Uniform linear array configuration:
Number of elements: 24
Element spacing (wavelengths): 0.75
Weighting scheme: cosine
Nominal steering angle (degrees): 0
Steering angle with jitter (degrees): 0.9506
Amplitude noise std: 0.05
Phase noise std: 0.05

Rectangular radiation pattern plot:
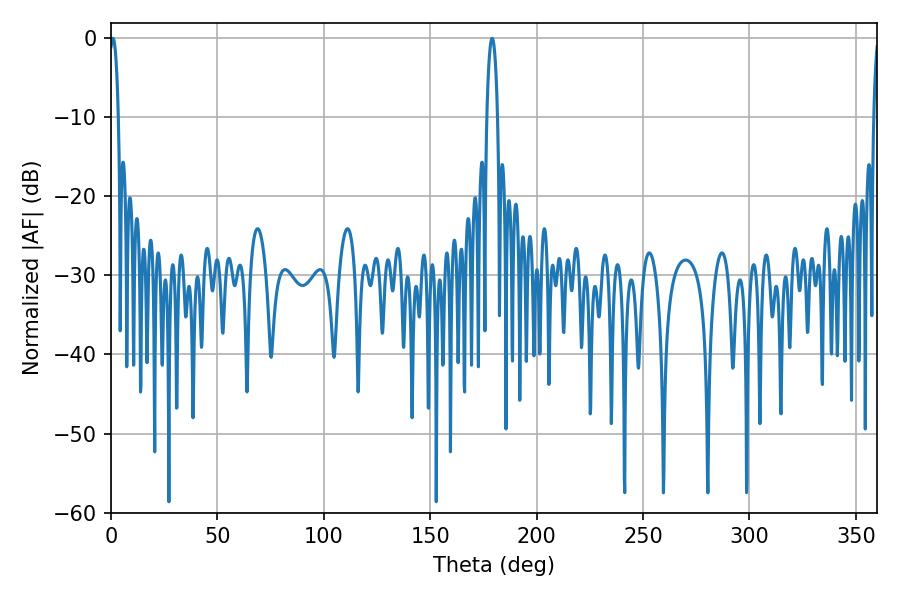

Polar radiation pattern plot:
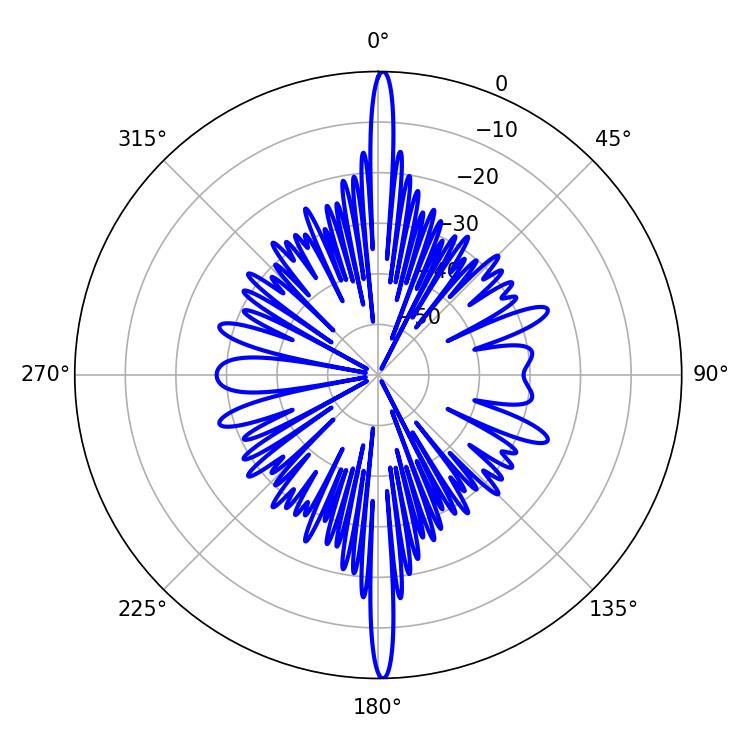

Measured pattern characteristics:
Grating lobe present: TRUE
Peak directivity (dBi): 29.733
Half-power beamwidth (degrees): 2.34
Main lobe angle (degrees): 0.9